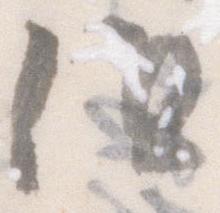
但